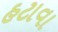
હટાવા